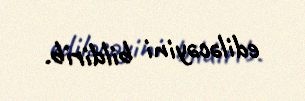
ediləcəyini bildirib.